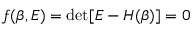
f ( \beta , E ) = \mathrm { d e t } [ E - H ( \beta ) ] = 0